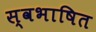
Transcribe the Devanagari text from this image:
स्वभाषित